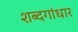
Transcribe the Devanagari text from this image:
शब्दगांधार